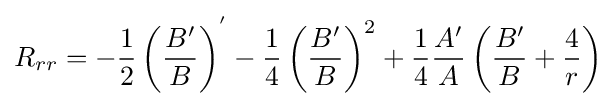
R_{rr}=-{\frac {1}{2}}\left({\frac {B'}{B}}\right)^{'}-{\frac {1}{4}}\left({\frac {B'}{B}}\right)^{2}+{\frac {1}{4}}{\frac {A'}{A}}\left({\frac {B'}{B}}+{\frac {4}{r}}\right)